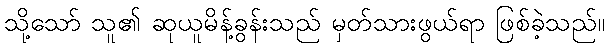
သို့သော် သူ၏ ဆုယူမိန့်ခွန်းသည် မှတ်သားဖွယ်ရာ ဖြစ်ခဲ့သည်။